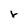
Character: v